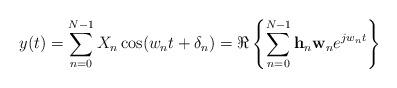
LaTeX: \begin{align*}y(t)=\sum_{n=0}^{N-1}X_n \cos(w_n t+\delta_{n})=\Re\left\{\sum_{n=0}^{N-1}\mathbf{h}_n\mathbf{w}_n e^{j w_n t}\right\}\end{align*}